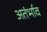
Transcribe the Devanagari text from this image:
अतंर्भाव